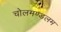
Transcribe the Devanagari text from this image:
चोलमण्डलम